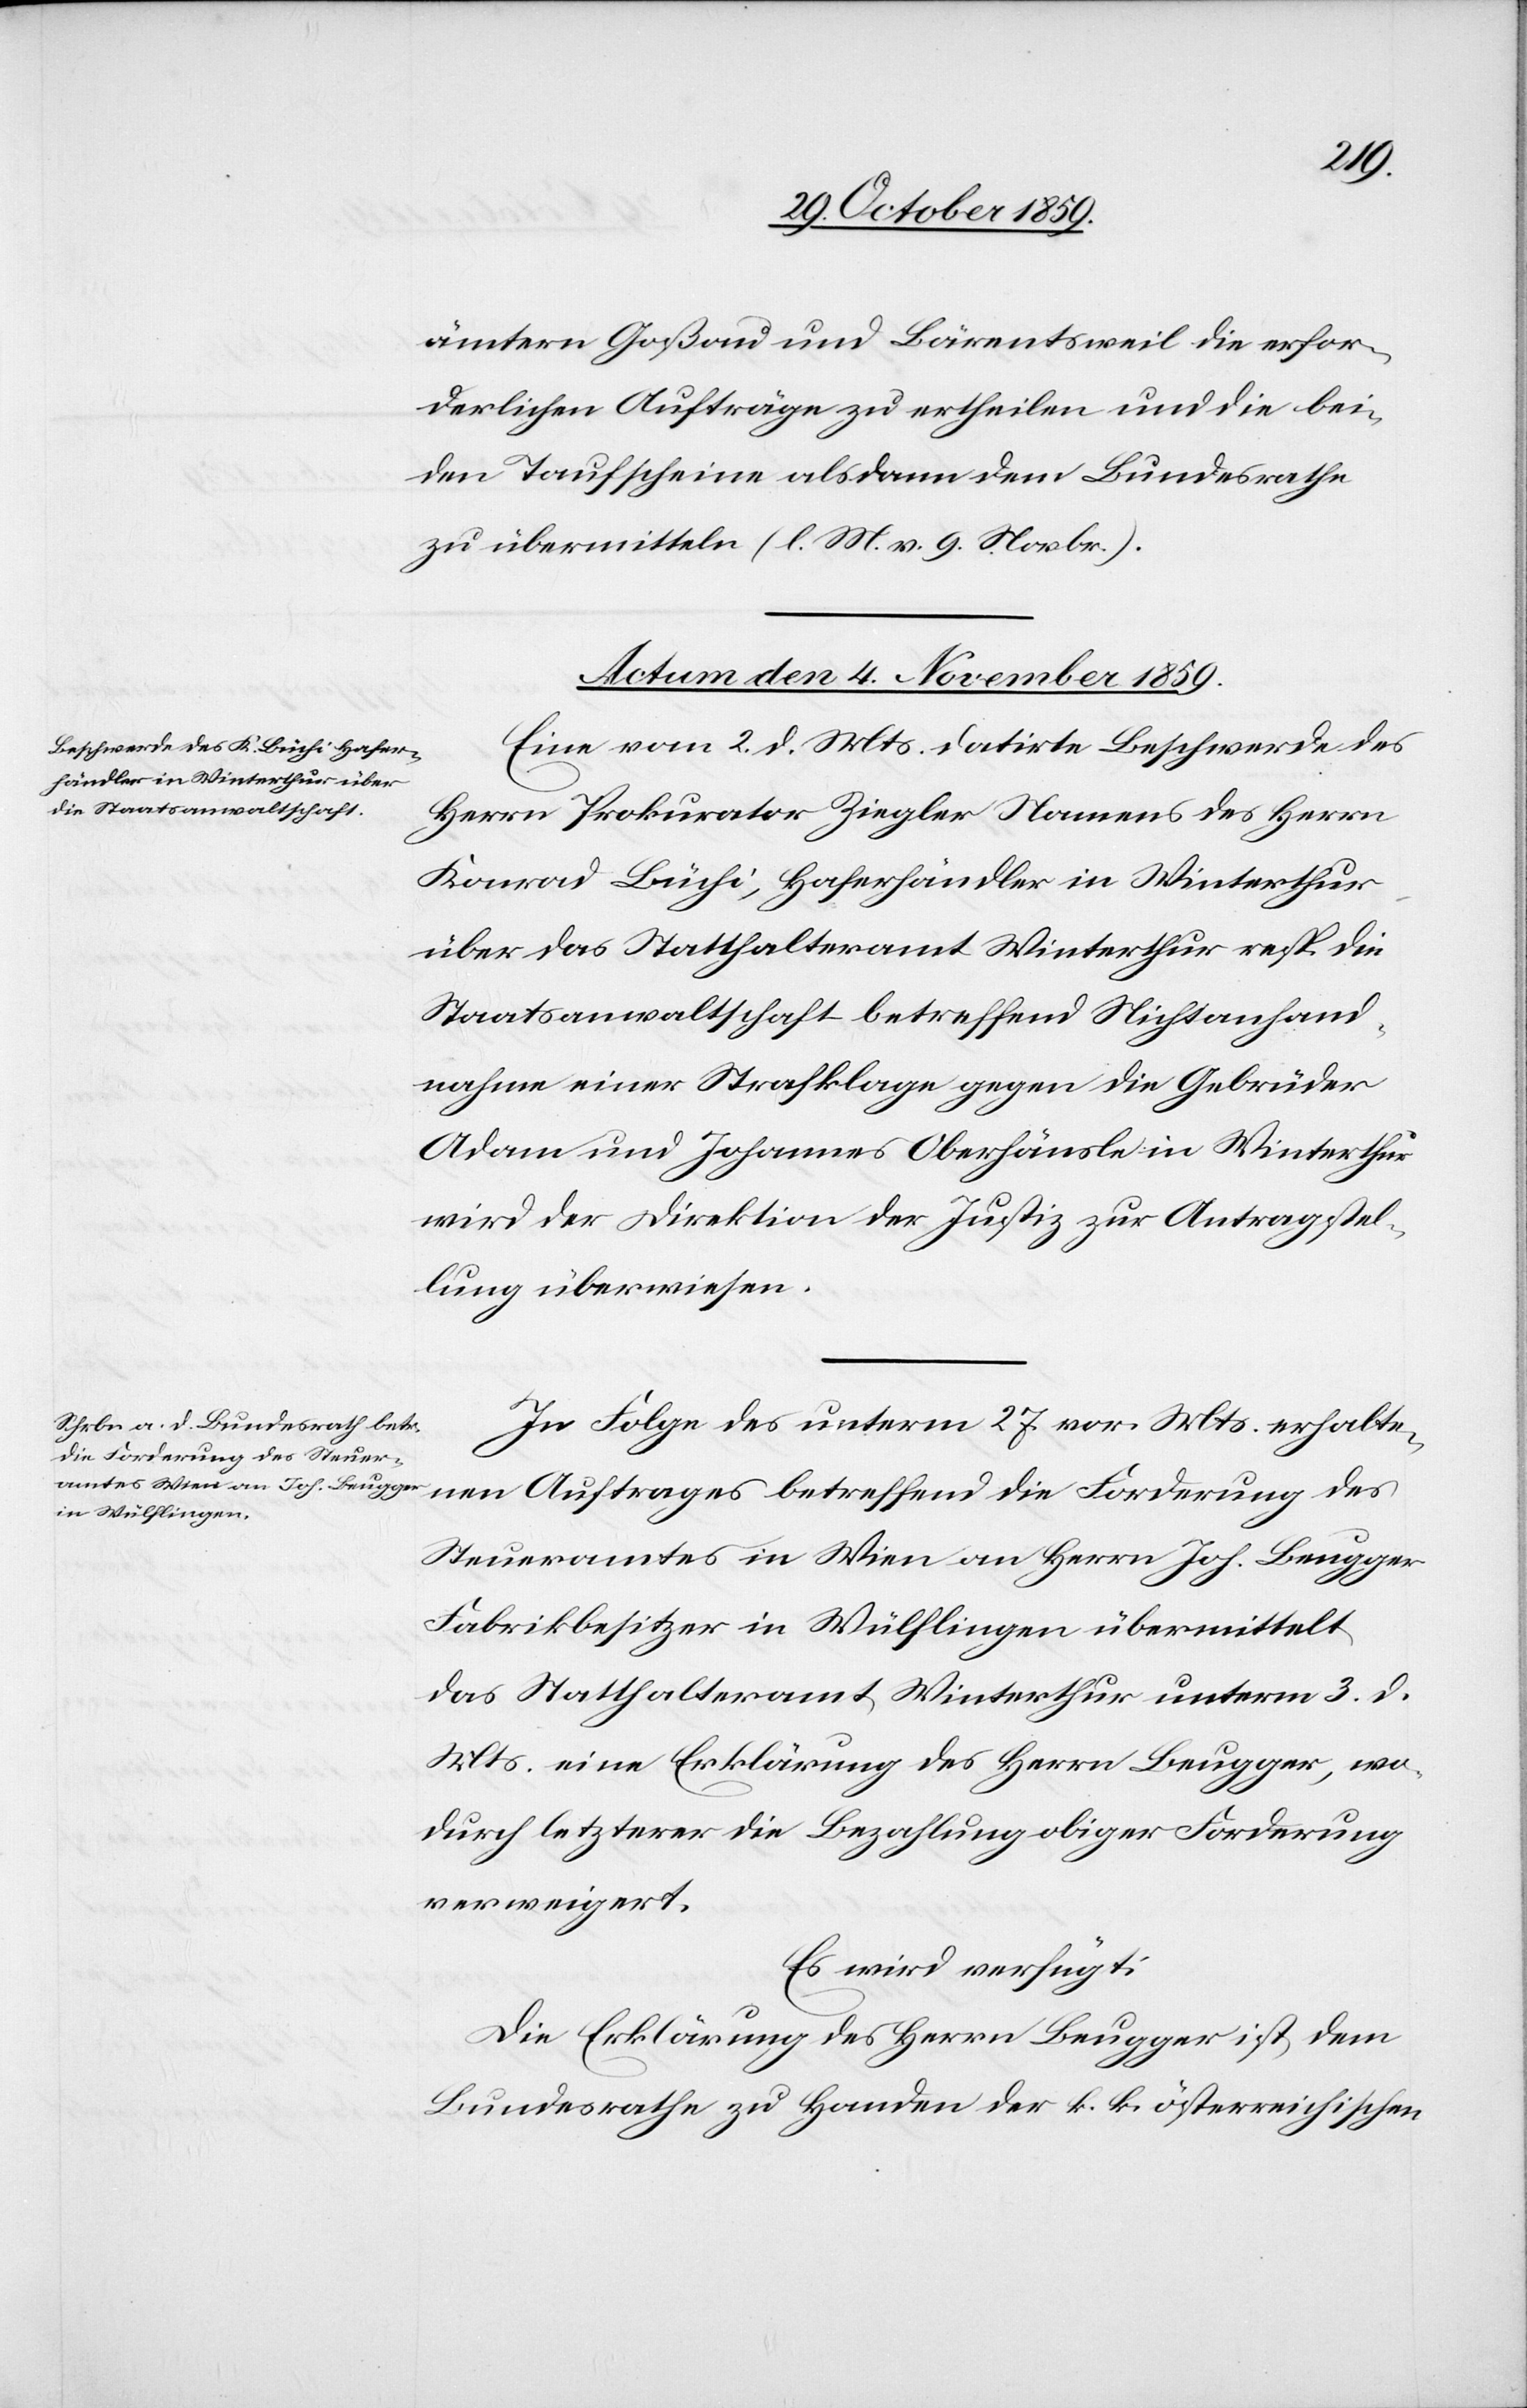
ämtern Goßau und Bärentsweil die erfor¬
derlichen Aufträge zu ertheilen und die bei¬
den Taufscheine alsdann dem Bundesrath
zu übermitteln. (l. M. v. 9. Novbr.)
Actum den 4. November 1859.]
Eine vom 2. d. Mts. datirte Beschwerde des
Herrn Prokurator Ziegler Namens des Herrn
Konrad Büchi, Haferhändler in Winterthur
über das Statthalteramt Winterthur resp. die
Staatsanwaltschaft betreffend Nichtanhand¬
nahme einer Strafklage gegen die Gebrüder
Adam und Johannes Oberhänsli in Winterthur
wird der Direktion der Justiz zur Antragstel¬
lung überwiesen.
In Folge des unterm 27. vor. Mts. erhalte¬
nen Antrages betreffend die Forderung des
Steueramtes in Wien an Herrn Joh. Brugger
Fabrikbesitzer in Wülflingen übermittelt
das Statthalteramt Winterthur unterm 3. d.
Mts. eine Erklärung des Herrn Brugger, wo¬
durch letzterer die Bezahlung obiger Forderung
verweigert.
Es wird verfügt:
Die Erklärung des Herrn Leugger ist dem
Bundesrathe zu Handen der k. k. österreichischen